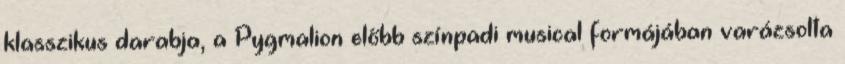
klasszikus darabja, a Pygmalion előbb színpadi musical formájában varázsolta